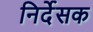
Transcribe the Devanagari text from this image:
निर्देसक